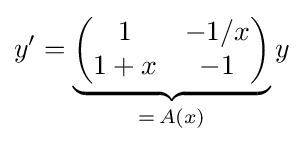
y'=\underbrace {\begin{pmatrix}1&-1/x\\1+x&-1\end{pmatrix}} _{=\,A(x)}y